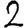
Digit: 2